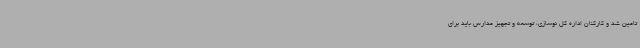
تامین شد و کارکنان اداره کل نوسازی، توسعه و تجهیز مدارس باید برای